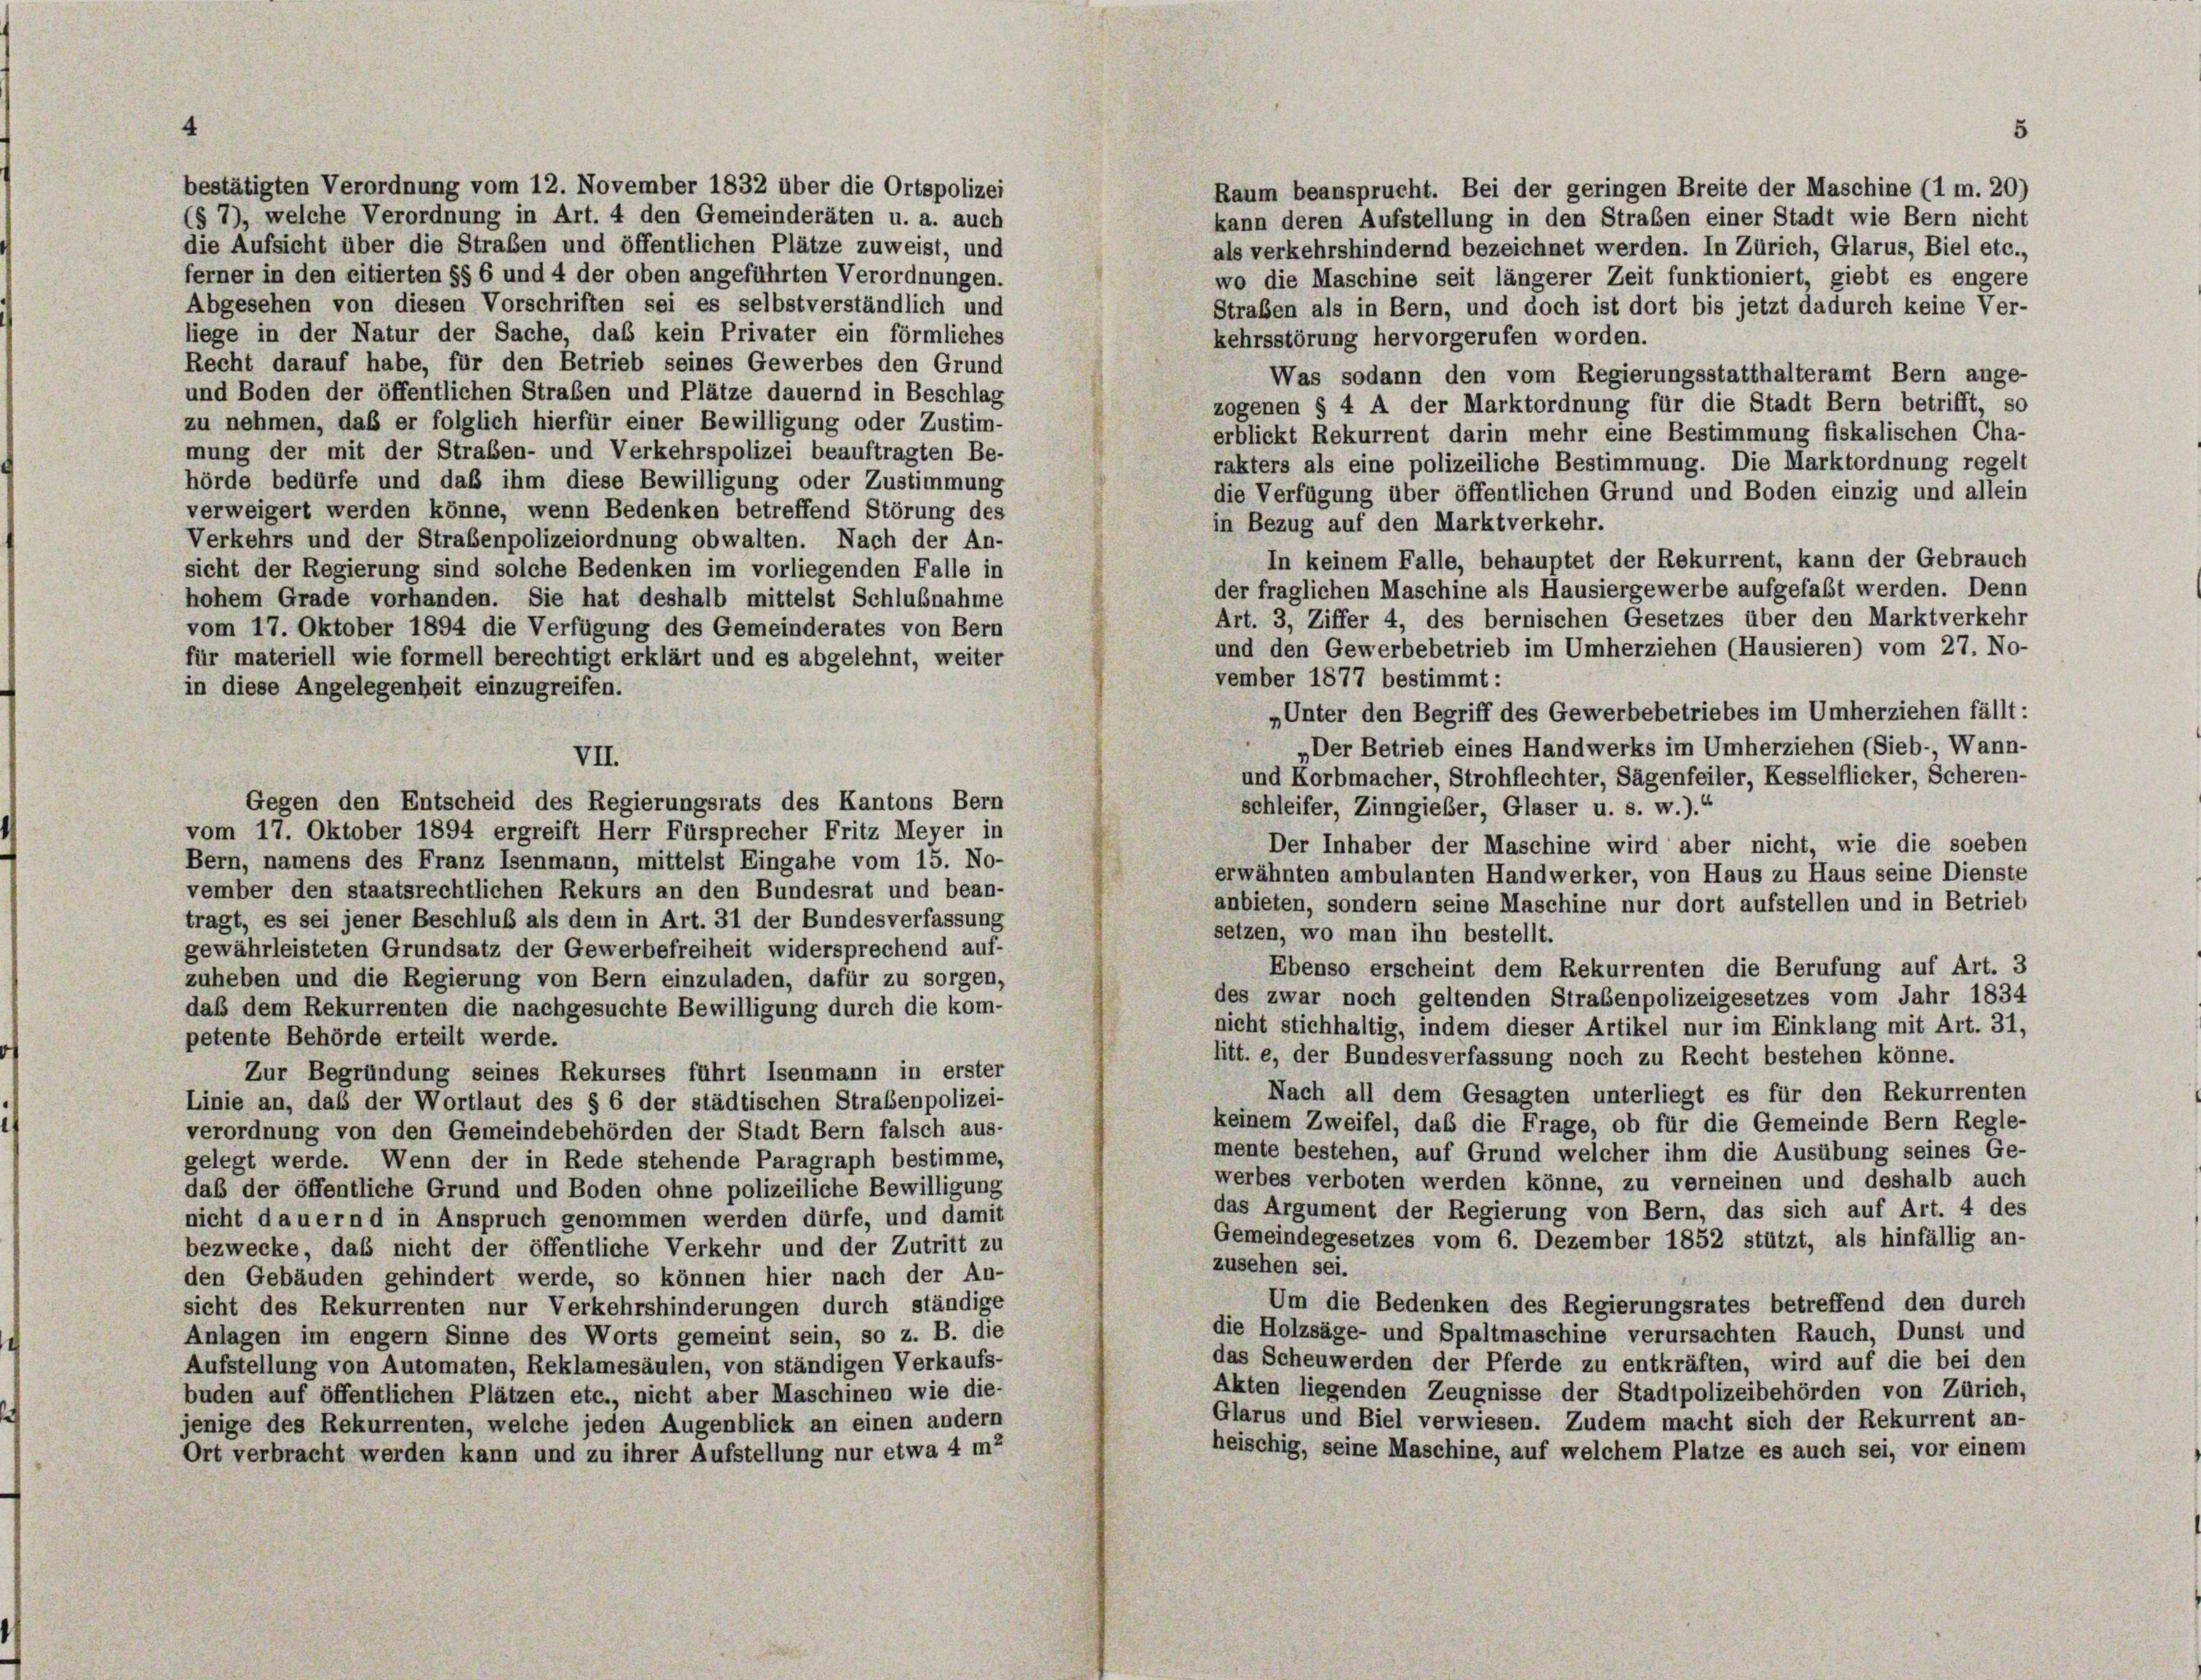
4

bestätigten Verordnung vom 12. November 1832 über die Ortspolizei
Raum beansprucht. Bei der geringen Breite der Maschine (1 m. 20)
(§ 7), welche Verordnung in Art. 4 den Gemeinderäten u. a. auch
kann deren Aufstellung in den Straben einer Stadt wie Bern nicht
die Aufsicht über die Straßen und öffentlichen Plätze zuweist, und
als verkehrshindernd bezeichnet werden. In Zürich, Glarus, Biel etc.,
ferner in den citierten §§ 6 und 4 der oben angeführten Verordnungen.
wo die Maschine seit längerer Zeit funktioniert, giebt es engere
Abgesehen von diesen Vorschriften sei es selbstverständlich und
Straßen als in Bern, und doch ist dort bis jetzt dadurch keine Ver-
liege in der Natur der Sache, daß kein Privater ein förmliches
kehrsstörung hervorgerufen worden.
Recht darauf habe, für den Betrieb seines Gewerbes den Grund
Was sodann den vom Regierungsstatthalteramt Bern ange-
und Boden der öffentlichen Straßen und Plätze dauernd in Beschlag
zogenen § 4 A der Marktordnung für die Stadt Bern betrifft, so
zu nehmen, daß er folglich hierfür einer Bewilligung oder Zustim-
erblickt Rekurrent darin mehr eine Bestimmung fiskalischen Cha-
mung der mit der Straßen- und Verkehrspolizei beauftragten Be-
rakters als eine polizeiliche Bestimmung. Die Marktordnung regelt
hörde bedürfe und daß ihm diese Bewilligung oder Zustimmung
die Verfügung über öffentlichen Grund und Boden einzig und allein
verweigert werden könne, wenn Bedenken betreffend Störung des
in Bezug auf den Marktverkehr.
Verkehrs und der Straßenpolizeiordnung obwalten. Nach der An-
In keinem Falle, behauptet der Rekurrent, kann der Gebrauch
sicht der Regierung sind solche Bedenken im vorliegenden Falle in
der fraglichen Maschine als Hausiergewerbe aufgefaßt werden. Denn
hohem Grade vorhanden. Sie hat deshalb mittelst Schlußnahme
Art. 3, Ziffer 4, des bernischen Gesetzes über den Marktverkehr
vom 17. Oktober 1894 die Verfügung des Gemeinderates von Bern
und den Gewerbebetrieb im Umherziehen (Hausieren) vom 27. No-
für materiell wie formell berechtigt erklärt und es abgelehnt, weiter
vember 1877 bestimmt:
in diese Angelegenheit einzugreifen.
„Unter den Begriff des Gewerbebetriebes im Umherziehen fällt:
„Der Betrieb eines Handwerks im Umherziehen (Sieb-, Wann-
VII.
und Korbmacher, Strohflechter, Sägenfeiler, Kesselflicker, Scheren-
Gegen den Entscheid des Regierungsrats des Kantons Bern
schleifer, Zinngießer, Glaser u. s. w.).“
vom 17. Oktober 1894 ergreift Herr Fürsprecher Fritz Meyer in
Der Inhaber der Maschine wird aber nicht, wie die soeben
Bern, namens des Franz Isenmann, mittelst Eingabe vom 15. No-
erwähnten ambulanten Handwerker, von Haus zu Haus seine Dienste
vember den staatsrechtlichen Rekurs an den Bundesrat und bean-
anbieten, sondern seine Maschine nur dort aufstellen und in Betrieb
tragt, es sei jener Beschluß als dem in Art. 31 der Bundesverfassung
setzen, wo man ihn bestellt.
gewährleisteten Grundsatz der Gewerbefreiheit widersprechend auf-
Ebenso erscheint dem Rekurrenten die Berufung auf Art. 3
zuheben und die Regierung von Bern einzuladen, dafür zu sorgen,
des zwar noch geltenden Strabenpolizeigesetzes vom Jahr 1834
daß dem Rekurrenten die nachgesuchte Bewilligung durch die kom-
nicht stichhaltig, indem dieser Artikel nur im Einklang mit Art. 31,
petente Behörde erteilt werde.
litt. e, der Bundesverfassung noch zu Recht bestehen könne.
Zur Begründung seines Rekurses führt Isenmann in erster
Nach all dem Gesagten unterliegt es für den Rekurrenten
Linie an, daß der Wortlaut des § 6 der städtischen Straßenpolizei-
keinem Zweifel, das die Frage, ob für die Gemeinde Bern Regle-
verordnung von den Gemeindebehörden der Stadt Bern falsch aus-
mente bestehen, auf Grund welcher ihm die Ausübung seines Ge-
gelegt werde. Wenn der in Rede stehende Paragraph bestimme,
werbes verboten werden könne, zu verneinen und deshalb auch
daß der öffentliche Grund und Boden ohne polizeiliche Bewilligung
das Argument der Regierung von Bern, das sich auf Art. 4 des
nicht dauernd in Anspruch genommen werden dürfe, und damit
Gemeindegesetzes vom 6. Dezember 1852 stützt, als hinfällig an-
bezwecke, daß nicht der öffentliche Verkehr und der Zutritt zu
zusehen sei.
den Gebäuden gehindert werde, so können hier nach der An-
Um die Bedenken des Regierungsrates betreffend den durch
sicht des Rekurrenten nur Verkehrshinderungen durch ständige
die Holzsäge- und Spaltmaschine verursachten Rauch, Dunst und
Anlagen im engem Sinne des Worts gemeint sein, so z. B. die
das Scheuwerden der Pferde zu entkräften, wird auf die bei den
Aufstellung von Automaten, Reklamesäulen, von ständigen Verkaufs-
Akten liegenden Zeugnisse der Stadtpolizeibehörden von Zürich,
buden auf öffentlichen Plätzen etc., nicht aber Maschien wie die-
Glarus und Biel verwiesen. Zudem macht sich der Rekurrent an-
jenige des Rekurrenten, welche jeden Augenblick an einen andern
heischig, seine Maschine, auf welchem Platze es auch sei, vor einem
Ort verbracht werden kann und zu ihrer Aufstellung nur etwa 4 m2

5